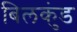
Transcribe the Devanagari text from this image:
बिलकुंड